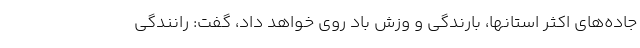
جاده‌های اکثر استانها، بارندگی و وزش باد روی خواهد داد، گفت: رانندگی